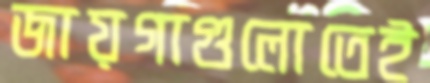
জায়গাগুলোতেই